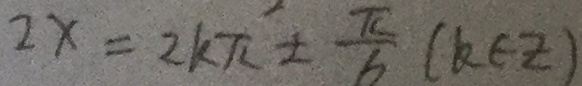
2 x = 2 k \pi ^ { 2 } \pm \frac { \pi } { 6 } ( k \in z )